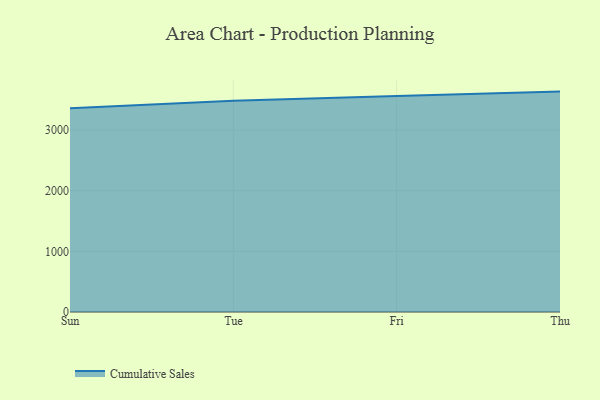
{"axis": {"x": "Day", "y": "Customer Acquisition Cost (USD)"}, "legend": ["Cumulative Sales"], "data": [{"x": "Sun", "y": 3359.4, "type": "Cumulative Sales"}, {"x": "Tue", "y": 3481.1, "type": "Cumulative Sales"}, {"x": "Fri", "y": 3561.4, "type": "Cumulative Sales"}, {"x": "Thu", "y": 3633.9, "type": "Cumulative Sales"}]}